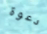
دعوة